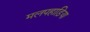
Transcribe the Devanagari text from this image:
मलपहाड़िया